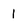
Character: 1